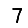
Digit: 7